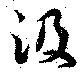
汲